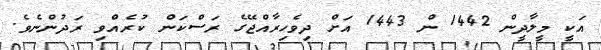
އަކީ މީލާދީން 1442 ން 1443 އަށް ދިވެހިރާއްޖޭގެ ރަސްކަން ކުރެއްވި ރަދުންނެވެ.